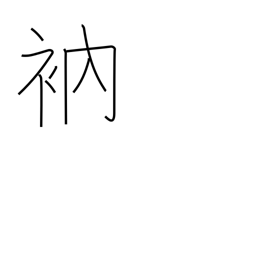
Meaning: mend